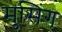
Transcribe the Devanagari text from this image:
मुसिंग